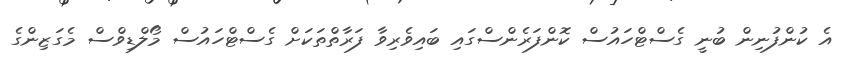
އެ ކުންފުނިން ބުނީ ގެސްޓްހައުސް ކޮންފަރެންސްގައި ބައިވެރިވާ ފަރާތްތަކަށް ގެސްޓްހައުސް މޯލްޑިވްސް މެގަޒިންގެ